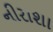
નીરાશા